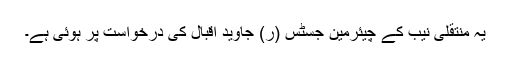
یہ منتقلی نیب کے چیئرمین جسٹس (ر) جاوید اقبال کی درخواست پر ہوئی ہے۔